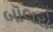
બૉલરો